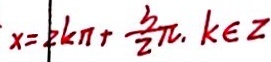
x = z k \pi + \frac { 3 } { 2 } \pi , k \in z